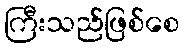
ကြီးသည်ဖြစ်စေ